Scottish Leaving Certificate Examination, 1958
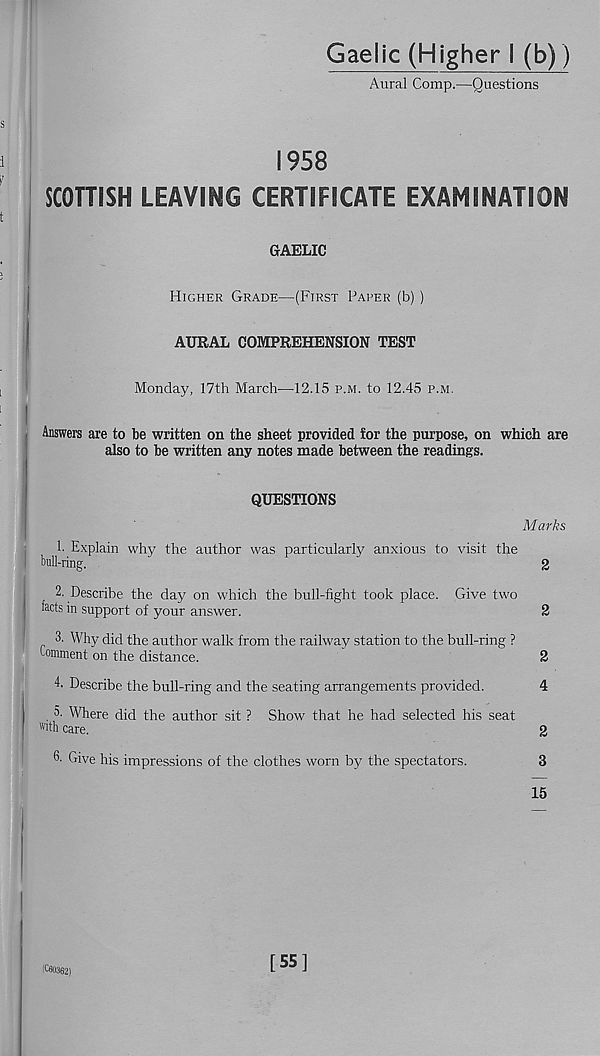
Gaelic (Higher I (b))
Aural Comp.—Questions
1958
SCOTTISH LEAVING CERTIFICATE EXAMINATION
GAELIC
Higher Grade—(First Paper (b) )
AURAL COMPREHENSION TEST
Monday, 17th March—12.15 p.m. to 12.45 p.m.
I
Answers are to be written on the sheet provided lor the purpose, on which are
also to be written any notes made between the readings.
QUESTIONS
1. Explain why the author was particularly anxious to visit the
bull-ring.
2. Describe the day on which the bull-fight took place. Give two
facts in support of your answer.
[
3. Why did the author walk from the railway station to the bull-ring ?
Comment on the distance.
4. Describe the bull-ring and the seating arrangements provided.
u. Where did the author sit ? Show that he had selected his seat
Wl th care.
6. Give his impressions of the clothes worn by the spectators.
Marks
2
2
2
4
2
3
15
(C60362)
[55]